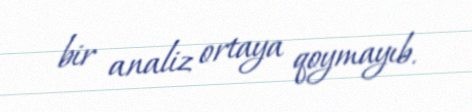
bir analiz ortaya qoymayıb.